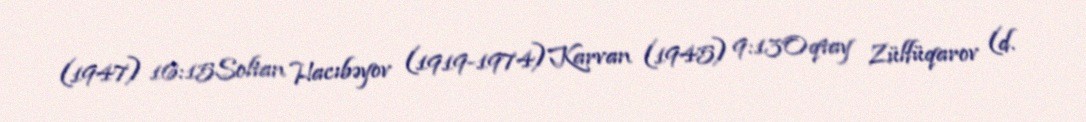
(1947) 16:15Soltan Hacıbəyov (1919-1974)Karvan (1945) 9:13Oqtay Zülfüqarov (d.